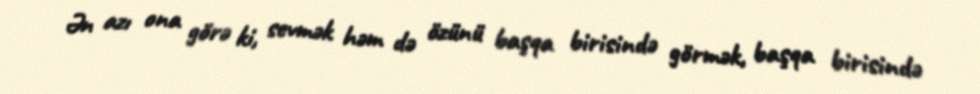
Ən azı ona görə ki, sevmək həm də özünü başqa birisində görmək, başqa birisində